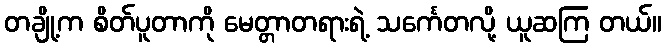
တချို့က စိတ်ပူတာကို မေတ္တာတရားရဲ့ သင်္ကေတလို့ ယူဆကြ တယ်။